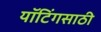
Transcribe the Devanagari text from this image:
यॉटिंगसाठी